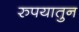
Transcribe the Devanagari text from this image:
रुपयातुन